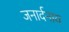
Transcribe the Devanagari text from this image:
जनार्दनाय